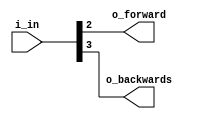
module out (
    input [3:0] i_in,
    output o_forward,
    output o_backwards
);

assign o_forward = i_in[2];
assign o_backwards = i_in[3];
    
endmodule